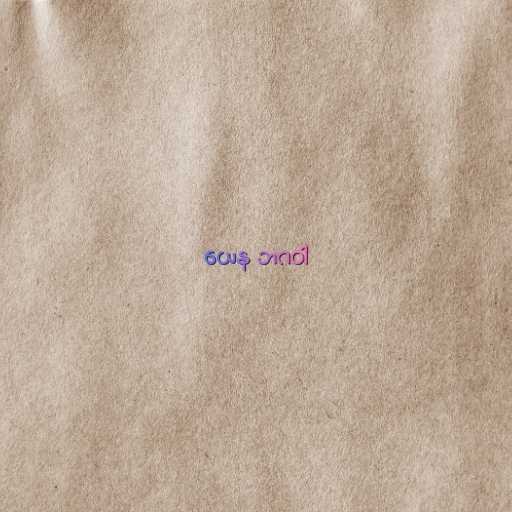
ယေန ဘဂဝါ